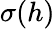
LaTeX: \sigma(h)